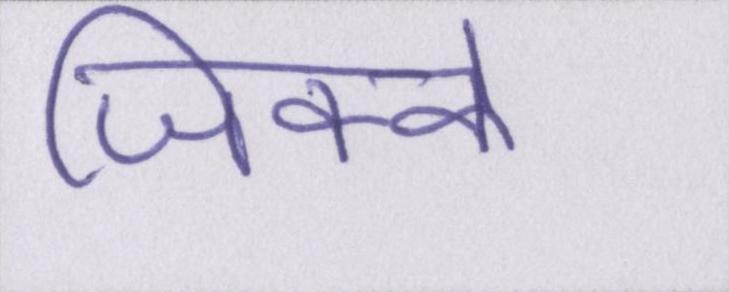
जिक्के